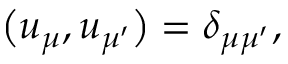
\begin{array} { r } { \bigl ( u _ { \mu } , u _ { \mu ^ { \prime } } \bigr ) = \delta _ { \mu \mu ^ { \prime } } , } \end{array}